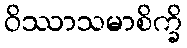
ဝိဿာသမာစိက္ခိ